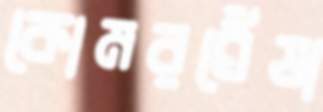
কোমরঘেঁষা